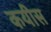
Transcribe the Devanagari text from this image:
कयीस